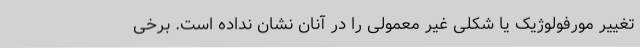
تغییر مورفولوژیک یا شکلی غیر معمولی را در آنان نشان نداده است. برخی